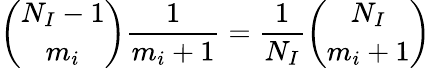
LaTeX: \binom{N_{I}-1}{m_{i}}\frac{1}{m_{i}+1}=\frac{1}{N_{I}}\binom{N_{I}}{m_{i}+1}